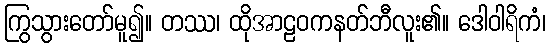
ကြွသွားတော်မူ၍။ တဿ၊ ထိုအာဠဝကနတ်ဘီလူး၏။ ဒေါဝါရိကံ၊